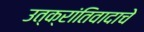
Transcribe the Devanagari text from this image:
उत्क्रांतिवादाचे